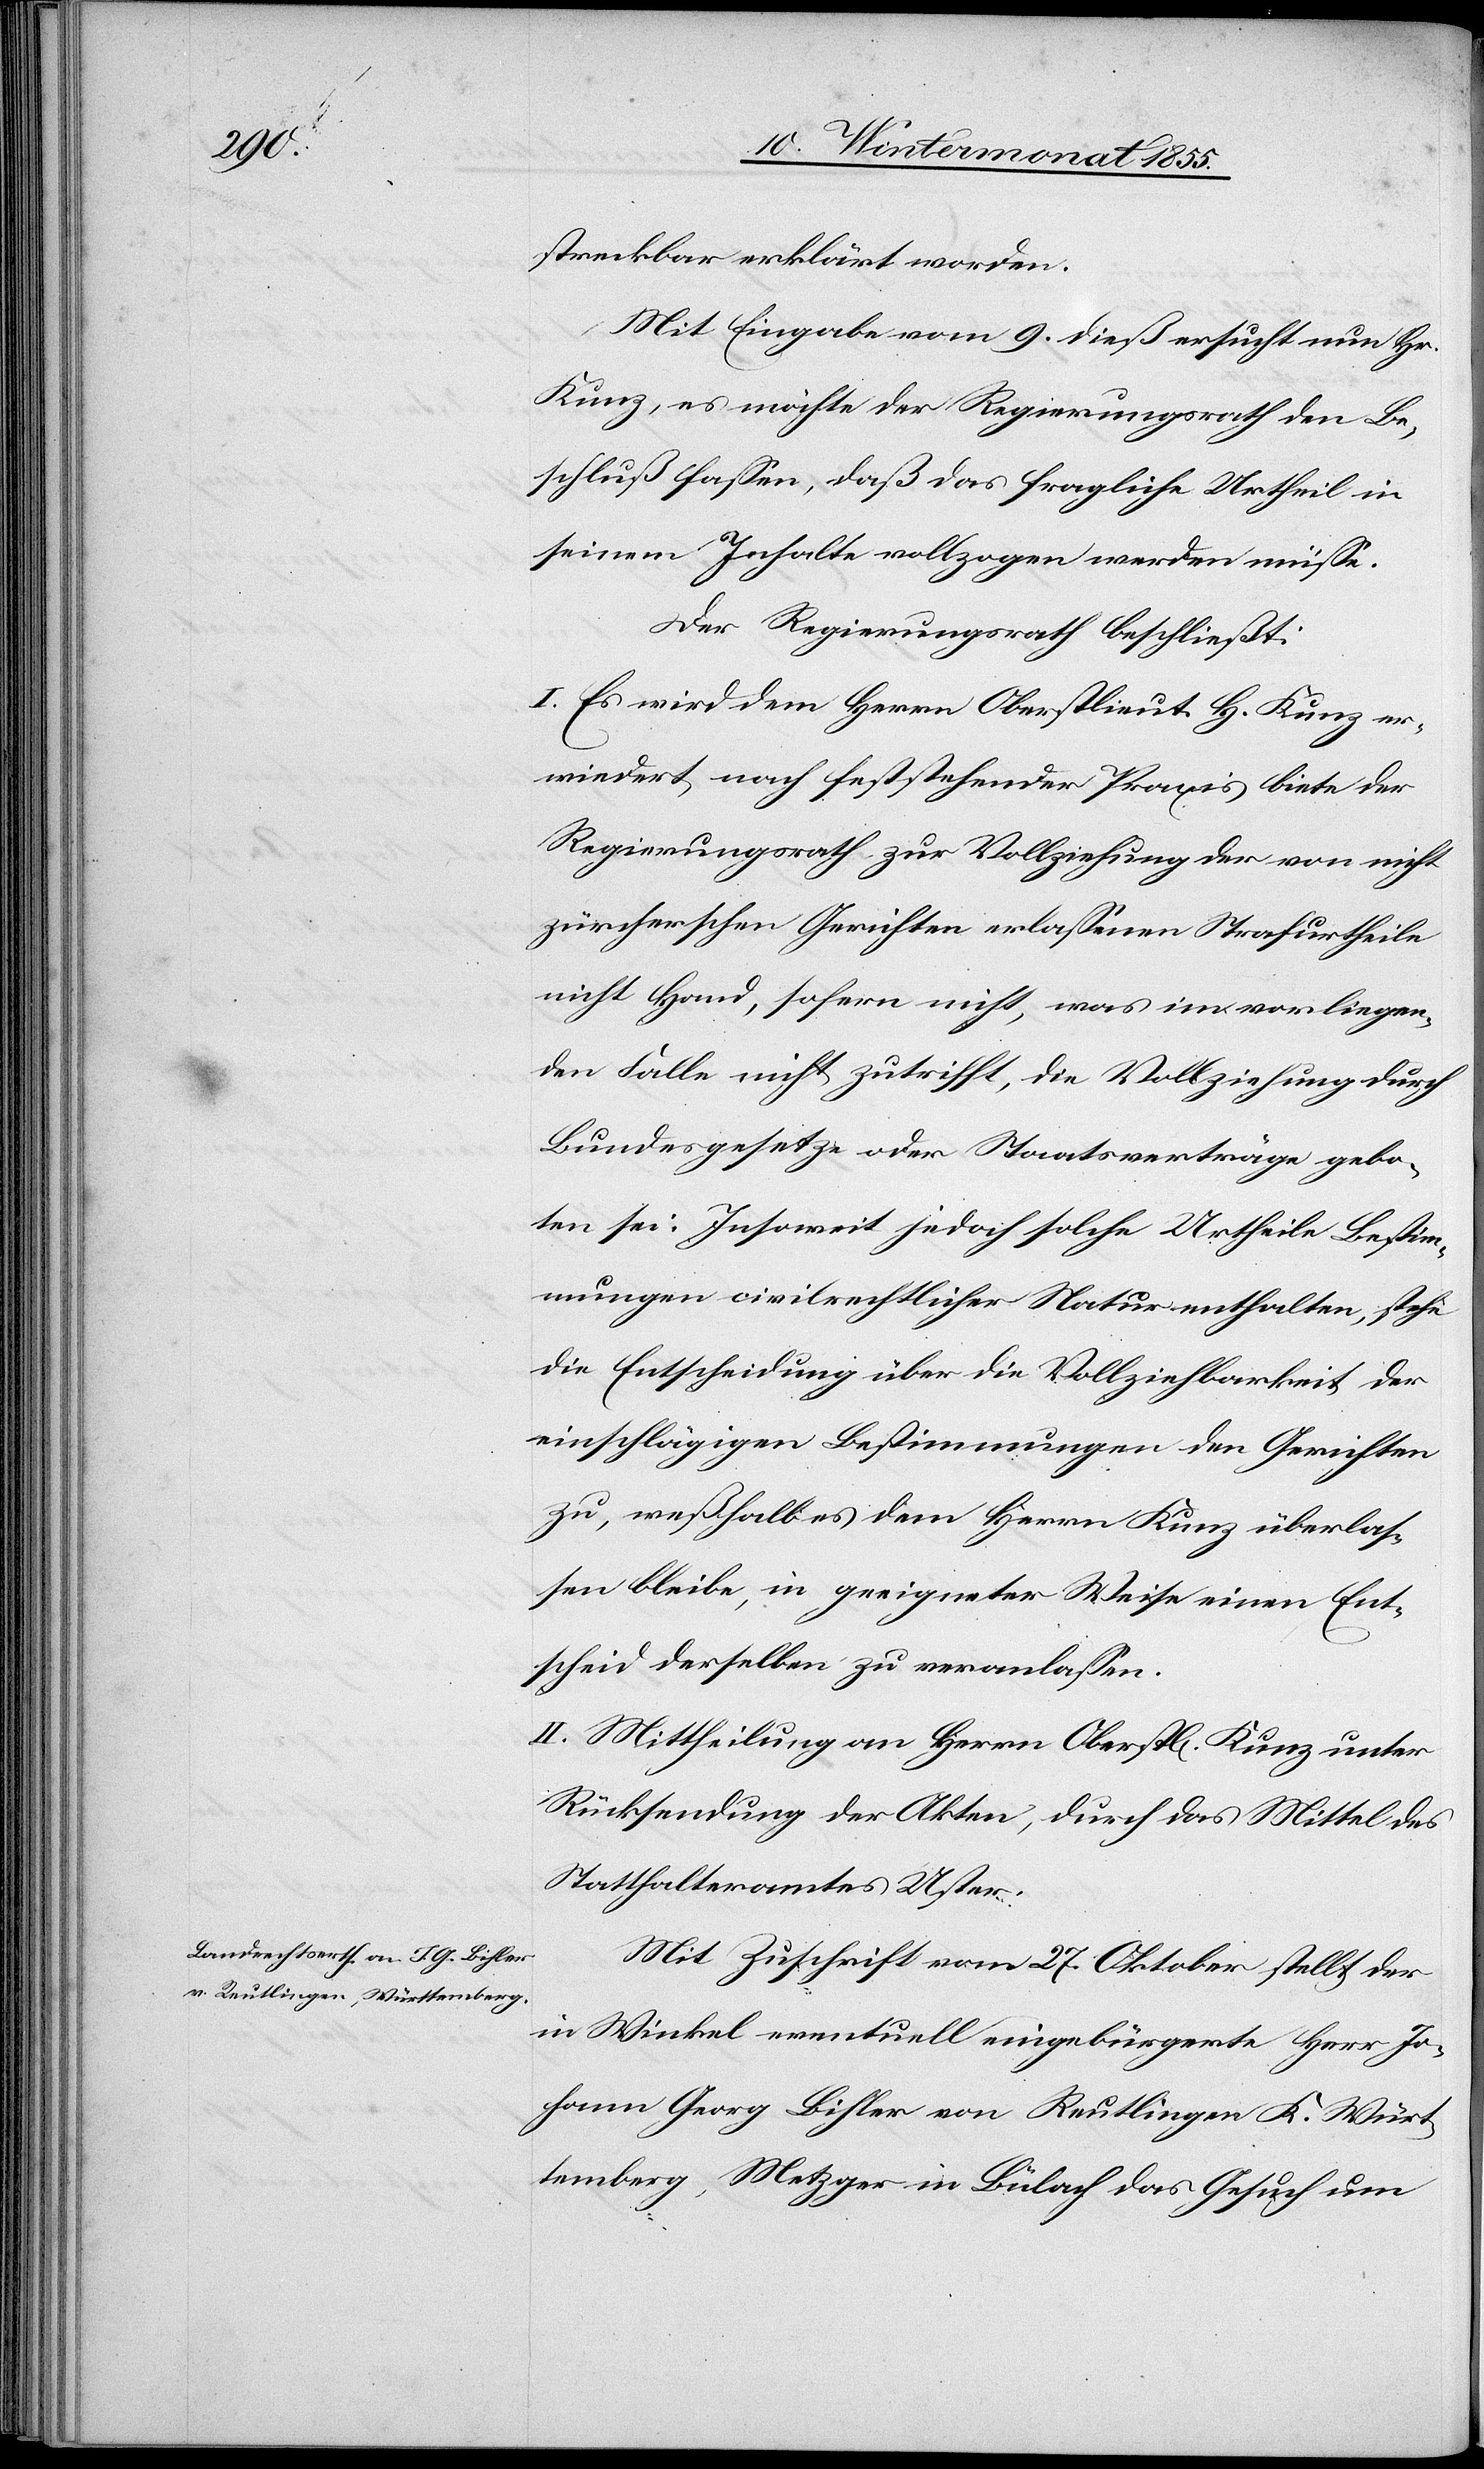
streckbar erklärt worden.
Mit Eingabe vom 9. dieß ersucht nun Hr.
Kunz, es möchte der Regierungsrath den Be¬
schluß fassen, daß das fragliche Urtheil in
seinem Inhalte vollzogen werden müsse.
Der Regierungsrath beschließt:
I. Es wird dem Herrn Oberstlieut. H. Kunz er¬
wiedert, nach feststehender Praxis biete der
Regierungsrath zur Vollziehung der von nicht
zürcherschen Gerichten erlassenen Strafurtheile
nicht Hand, sofern nicht, was im vorliegen¬
den Falle nicht zutrifft, die Vollziehung durch
Bundesgesetze oder Staatsverträge gebo¬
ten sei. Insoweit jedoch solche Urtheile Bestim¬
mungen civilrechtlicher Natur enthalten, stehe
die Entscheidung über die Vollziehbarkeit der
einschlägigen Bestimmungen den Gerichten
zu, weßhalb es dem Herrn Kunz überlas¬
sen bleibe, in geeigneter Weise einen Ent¬
scheid derselben zu veranlassen.
II. Mittheilung an Herrn Oberstl[ieutenant] Kunz unter
Rücksendung der Akten, durch das Mittel des
Statthalteramtes Uster.
Mit Zuschrift vom 27. Oktober stellt der
in Winkel eventuell eingebürgerte Herr Jo¬
hann Georg Bihler von Reutlingen K. Würt¬
temberg, Metzger in Bülach das Gesuch um